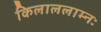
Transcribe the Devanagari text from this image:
किलाललाम्नः